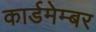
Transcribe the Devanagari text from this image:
कार्डमेम्बर